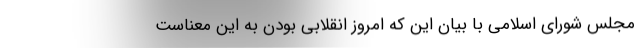
مجلس شورای اسلامی با بیان این که امروز انقلابی بودن به این معناست